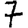
Digit: 7